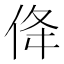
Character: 佭